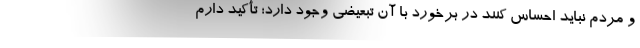
و مردم نباید احساس کنند در برخورد با آن تبعیضی وجود دارد؛ تأکید دارم